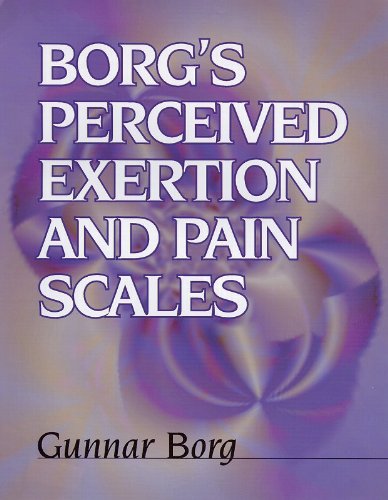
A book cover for Borg's Perceived Exertion and Pain Scales; Gunnar Borg; Medical Books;